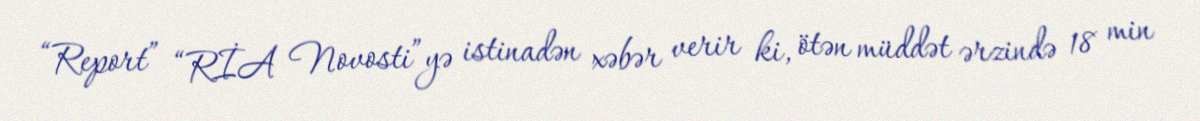
“Report” “RİA Novosti”yə istinadən xəbər verir ki, ötən müddət ərzində 18 min